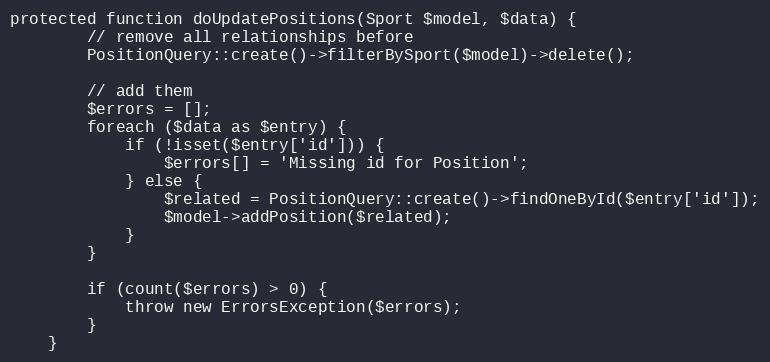
Language: PHP
protected function doUpdatePositions(Sport $model, $data) {
		// remove all relationships before
		PositionQuery::create()->filterBySport($model)->delete();

		// add them
		$errors = [];
		foreach ($data as $entry) {
			if (!isset($entry['id'])) {
				$errors[] = 'Missing id for Position';
			} else {
				$related = PositionQuery::create()->findOneById($entry['id']);
				$model->addPosition($related);
			}
		}

		if (count($errors) > 0) {
			throw new ErrorsException($errors);
		}
	}